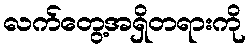
လက်တွေ့အရှိတရားကို